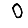
Digit: 0